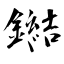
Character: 鐑